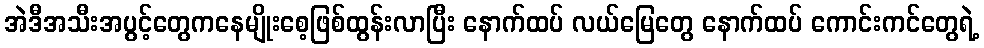
အဲဒီအသီးအပွင့်တွေကနေမျိုးစေ့ဖြစ်ထွန်းလာပြီး နောက်ထပ် လယ်မြေတွေ နောက်ထပ် ကောင်းကင်တွေရဲ့